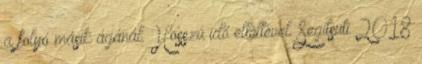
a folyó másik ágánál. Hosszú idő elteltével. Segítsüti 2018